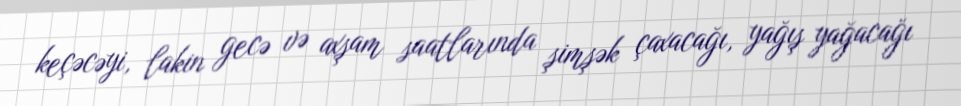
keçəcəyi, lakin gecə və axşam saatlarında şimşək çaxacağı, yağış yağacağı